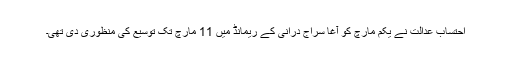
احتساب عدالت نے یکم مارچ کو آغا سراج درانی کے ریمانڈ میں 11 مارچ تک توسیع کی منظوری دی تھی۔